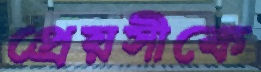
প্রেয়সীকে